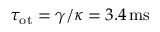
\tau _ { \mathrm { { o t } } } = \gamma / \kappa = 3 . 4 \, \mathrm { { m s } }